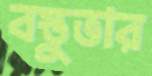
বস্তুভার